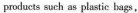
products such as plastic bags,